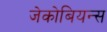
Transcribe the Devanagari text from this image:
जेकोबियन्स